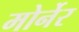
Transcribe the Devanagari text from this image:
मोर्नेर